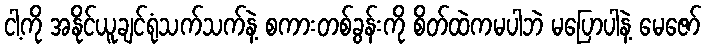
ငါ့ကို အနိုင်ယူချင်ရုံသက်သက်နဲ့ စကားတစ်ခွန်းကို စိတ်ထဲကမပါဘဲ မပြောပါနဲ့ မေဇော်